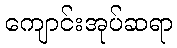
ကျောင်းအုပ်ဆရာ